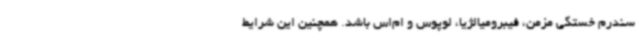
سندرم خستگی مزمن، فیبرومیالژیا، لوپوس و ام‌اس باشد. همچنین این شرایط